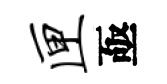
匣亟